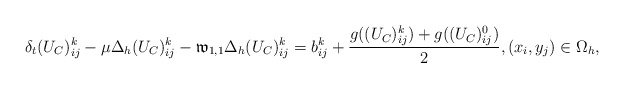
\begin{align*} \delta_{t}(U_C)^{k}_{ij}-\mu\Delta_{h} (U_C)^{k}_{ij}- \mathfrak{w}_{1,1}\Delta_{h} (U_C)^{k}_{ij} =b^{k}_{ij}+\frac{g((U_C)^k_{ij})+g((U_C)^{0}_{ij})}{2},(x_i,y_j)\in\Omega_{h}, \end{align*}